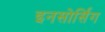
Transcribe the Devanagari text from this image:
इनसोर्सिंग